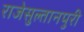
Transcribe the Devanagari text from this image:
राजेसुल्तानपुरी